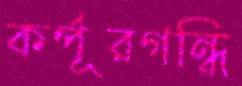
কর্পূরগন্ধি